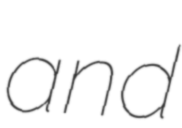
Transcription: and